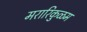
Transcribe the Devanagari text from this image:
मरारिकुळम